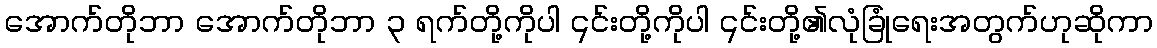
အောက်တိုဘာ အောက်တိုဘာ ၃ ရက်တို့ကိုပါ ၎င်းတို့ကိုပါ ၎င်းတို့၏လုံခြုံရေးအတွက်ဟုဆိုကာ